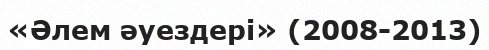
«Әлем әуездері» (2008-2013)